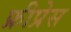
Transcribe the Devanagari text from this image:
फ्रीप्रेस